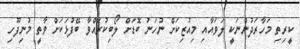
ކީރިތި މަހާރަދުންނަކީ ލަވައާއި މިއުޒިކަށް ނުހަނު ބޮޑަށް ލޯބިކުރައްވާ ބޭފުޅަކަށް ވާތީ މުނިފޫހި